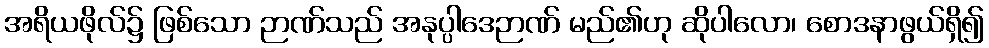
အရိယဖိုလ်၌ ဖြစ်သော ဉာဏ်သည် အနုပ္ပါဒေဉာဏ် မည်၏ဟု ဆိုပါလော၊ စောဒနာဖွယ်ရှိ၍